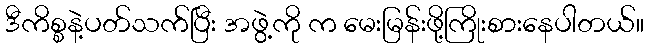
ဒီကိစ္စနဲ့ပတ်သက်ပြီး အဖွဲ့ကို က မေးမြန်းဖို့ကြိုးစားနေပါတယ်။